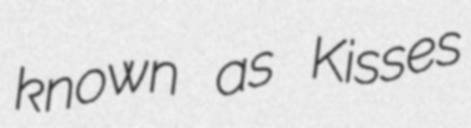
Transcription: known as Kisses